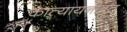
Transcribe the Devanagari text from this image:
कात्यायनीव्रत